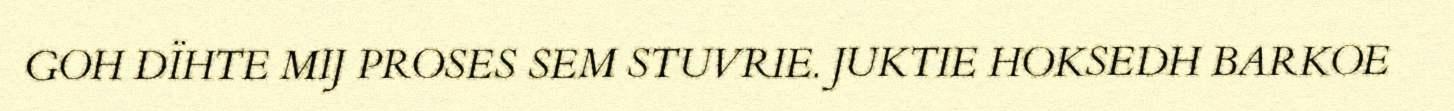
GOH DÏHTE MIJ PROSES SEM STUVRIE. JUKTIE HOKSEDH BARKOE